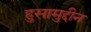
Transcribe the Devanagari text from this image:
हुसामुद्दीन